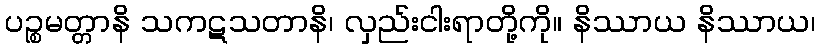
ပဉ္စမတ္တာနိ သကဋသတာနိ၊ လှည်းငါးရာတို့ကို။ နိဿာယ နိဿာယ၊